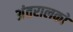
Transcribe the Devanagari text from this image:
अंतरालको